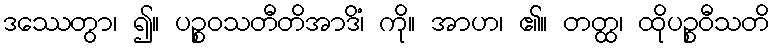
ဒဿေတွာ၊ ၍။ ပဉ္စဝသတီတိအာဒိံ၊ ကို။ အာဟ၊ ၏။ တတ္ထ၊ ထိုပဉ္စဝီသတိ